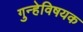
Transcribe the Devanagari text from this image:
गुन्हेविषयक